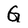
Character: G